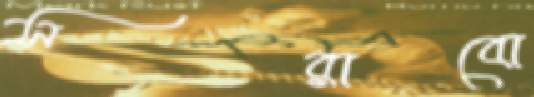
সরাবো